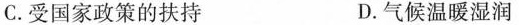
C.受国家政策的扶持 D.气候温暖湿润